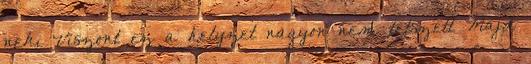
neki Viszont ez a helyzet nagyon nem tetszett Majd